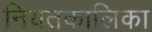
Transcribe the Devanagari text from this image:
नियतकालिका